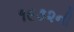
૧૯૭૨ની